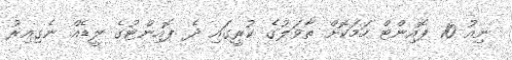
ނިއު 10 ޕޮއިންޓް ހަމަކޮށް ތާވަލުގެ ކުރީގައި ދެ ޕޮއިންޓުގެ ލީޑެއް ނެގިއިރު